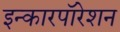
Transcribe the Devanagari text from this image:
इन्कारपॉरेशन